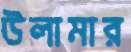
উলামার